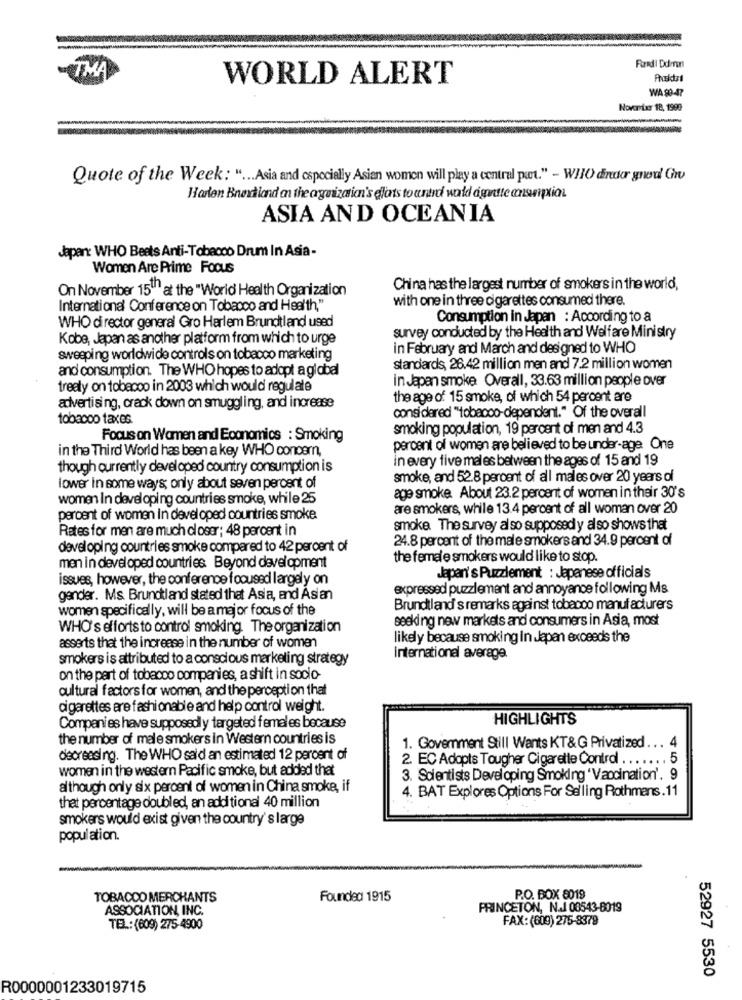
- TMA
Fred| Ddmrun
WORLD ALERT
WA 90-47
Novor Lær 18, 1999
Quote of the Week: " ... Asia and cspecially Asien women will play a central part." - W!IO dineder gned' Gr
Harlen Bnextland an the aguization's dlats to antro wald agantte ansnipxian
ASIA AND OCEANIA
Japan: WHO Beats Anti-Tobacco Drum In Asia-
Women Are Prime Focus
On November 15"" at the "World Health Organization
China has the largest number of smokers in the world,
with one in three cigarettes consumed there.
International Conference on Tobacco and Health,"
Consumption in Japan : According to a
WHO director general Gro Harlem Brundtland used
survey conducted by the Health and Welfare Ministry
Kobe, Japan as another platform from which to urge
in February and March and designed to WHO
sweeping worldwide controls on tobacco marketing
and consumption. The WHO hopes to adopt a global
standards, 26.42 million men and 7.2 million women
in Japan smoke Overall, 33.63 million people over
trealy on tobecoo in 2003 which would regulate
the age of 15 smoke, of which 54 percent are
advertising, crack down on smuggling, and increase
tobacoo taxes
considered "tobacco-dependent." Of the overall
smoking population, 19 percent of men and 4.3
Focus on Women and Economics : Smoking
in the Third World has been a key WHO concern,
percent of women are believed to be under-age One
in every five males between the ages of 15 and 19
though currently developed country consumption is
smoke, and 52.8 percent of all males over 20 years of
lower in some ways; only about seven percent of
women In developing countries smoke, while 25
age smoke. About 23.2 percent of women in their 30's
are smokers, while 13.4 percent of all woman over 20
percent of women in developed countries smoke
Rates for men are much closer; 48 percent in
smoke. The survey al so supposed y also shows that
24.8 percent of the male smokers and 34.9 percent of
developing countries smoke compared to 42 percent of
the female smokers would like to stop.
men in developed countries Beyond development
issues, however, the conference focused largely on
Japan's Puzzlement : Japanese officials
expressed puzzlement and annoyance following Ms
gander. Ms Brundtland stated that Asia, and Asian
women specifically, will be a major focus of the
Brundtland' s remarks against tobacco manufacturers
seeking new markets and consumers in Asia, most
WHO's efforts to control smoking. The organization
likely because smoking in Japan exceeds the
asserts that the increase in the number of women
smokers is attributed to a conscious marketing strategy
International average.
on the part of tobacco companies, a shift in socio-
cultural factors for women, and the perception that
cigarettes are fashionable and help control weight.
HIGHLIGHTS
Companies have supposedly targeted females because
the number of male smokers in Western countries is
1. Govemment Still Wants KT&G Privatized
decreasing. The WHO said an estimated 12 percent of
2. EC Adopts Tougher Cigarette Control ..
......
45
women in the western Pacific smoke, but added that
3. Scientists Developing Smoking 'Vaccination'. 9
although only six percent of women in China smoke, if
4. BAT Explores Options For Selling Rothmans. 11
that percentage doubled, an additional 40 million
smokers would exist given the country's large
population.
TOBACCO MERCHANTS
Founded 1915
P.O. BOX 8019
ASSOCIATION, INC.
PRINCETON, N.J 08543-6019
FAX:(609) 275-8379
TEL .: (609) 275-4900
52927 5530
R0000001233019715